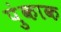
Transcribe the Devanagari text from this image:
पुंकाक